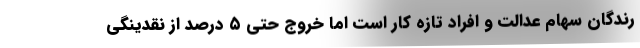
رندگان سهام عدالت و افراد تازه کار است اما خروج حتی ۵ درصد از نقدینگی